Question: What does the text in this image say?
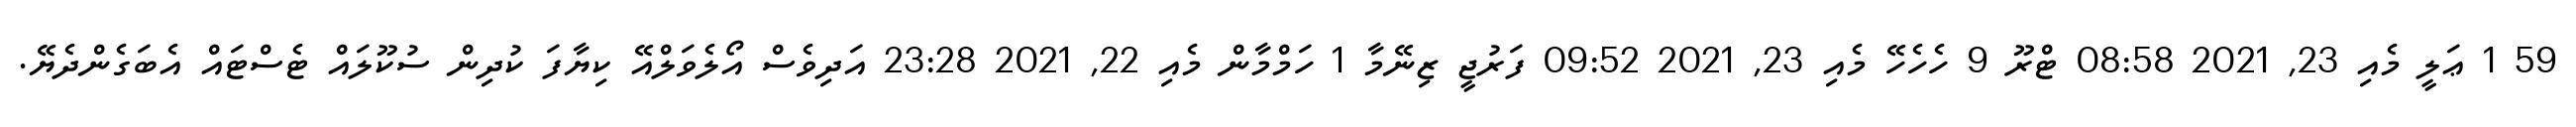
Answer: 59 1 ޢަލީ މެއި 23, 2021 08:58 ޓްރޫ 9 ހެހެހޭ މެއި 23, 2021 09:52 ފަރުޖީ ޒިނޭމާ 1 ހަމްމާން މެއި 22, 2021 23:28 އަދިވެސް އޯލެވަލްއޭ ކިޔާފަ ކުދިން ސުކޫލައް ޓެސްޓައް އެބަގެންދެޔޭ.